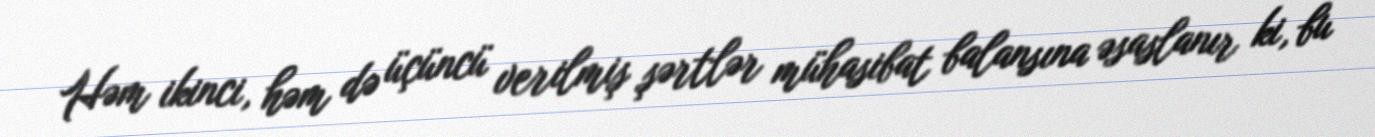
Həm ikinci, həm də üçüncü verilmiş şərtlər mühasibat balansına əsaslanır ki, bu